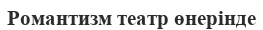
Романтизм театр өнерінде